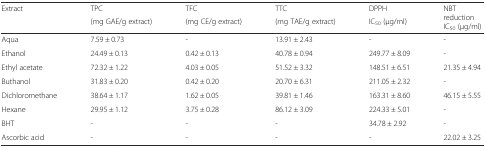
<table><thead><tr><td rowspan="2"><b>Extract</b></td><td><b>TPC</b></td><td><b>TFC</b></td><td><b>TTC</b></td><td><b>DPPH</b></td><td rowspan="2"><b>NBT reduction IC<sub>50</sub> (μg/ml)</b></td></tr><tr><td><b>(mg GAE/g extract)</b></td><td><b>(mg CE/g extract)</b></td><td><b>(mg TAE/g extract)</b></td><td><b>IC<sub>50</sub> (μg/ml)</b></td></tr></thead><tbody><tr><td>Aqua</td><td>7.59 ± 0.73</td><td>-</td><td>13.91 ± 2.43</td><td>-</td><td>-</td></tr><tr><td>Ethanol</td><td>24.49 ± 0.13</td><td>0.42 ± 0.13</td><td>40.78 ± 0.94</td><td>249.77 ± 8.09</td><td>-</td></tr><tr><td>Ethyl acetate</td><td>72.32 ± 1.22</td><td>4.03 ± 0.05</td><td>51.52 ± 3.32</td><td>148.51 ± 6.51</td><td>21.35 ± 4.94</td></tr><tr><td>Buthanol</td><td>31.83 ± 0.20</td><td>0.42 ± 0.20</td><td>20.70 ± 6.31</td><td>211.05 ± 2.32</td><td>-</td></tr><tr><td>Dichloromethane</td><td>38.64 ± 1.17</td><td>1.62 ± 0.05</td><td>39.81 ± 1.46</td><td>163.31 ± 8.60</td><td>46.15 ± 5.55</td></tr><tr><td>Hexane</td><td>29.95 ± 1.12</td><td>3.75 ± 0.28</td><td>86.12 ± 3.09</td><td>224.33 ± 5.01</td><td>-</td></tr><tr><td>BHT</td><td>-</td><td>-</td><td>-</td><td>34.78 ± 2.92</td><td>-</td></tr><tr><td>Ascorbic acid</td><td>-</td><td>-</td><td>-</td><td>-</td><td>22.02 ± 3.25</td></tr></tbody></table>